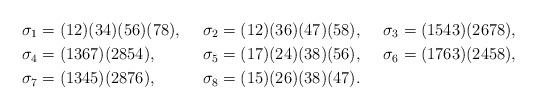
LaTeX: \begin{align*}&\sigma_1=(12)(34)(56)(78), && \sigma_2=(12)(36)(47)(58),&& \sigma_3=(1543)(2678),\\& \sigma_4=(1367)(2854),&&\sigma_5=(17)(24)(38)(56),&&\sigma_6=(1763)(2458),\\&\sigma_7=(1345)(2876),&&\sigma_8=(15)(26)(38)(47).\end{align*}